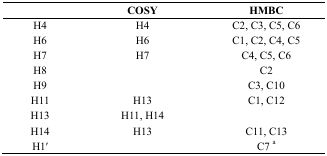
|  | COSY | HMBC |
 | --- | --- | --- |
 | H4 | H4 | C2, C3, C5, C6 |
 | H6 | H6 | C1, C2, C4, C5 |
 | H7 | H7 | C4, C5, C6 |
 | H8 |  | C2 |
 | H9 |  | C3, C10 |
 | H11 | H13 | C1, C12 |
 | H13 | H11, H14 |  |
 | H14 | H13 | C11, C13 |
 | H1′ |  | C7 a |